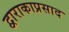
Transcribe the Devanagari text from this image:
द्वाराकाप्रसाद